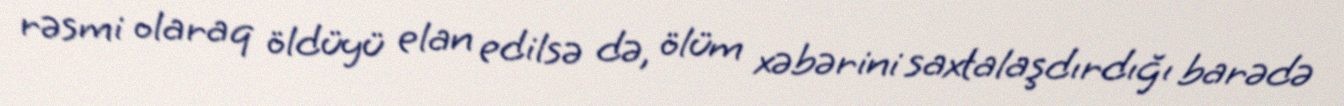
rəsmi olaraq öldüyü elan edilsə də, ölüm xəbərini saxtalaşdırdığı barədə